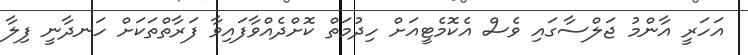
އަހަރީ އާންމު ޖަލްސާގައި ވެސް އެކޮމެޓީއަށް ހިދުމަތް ކޮށްދެއްވާފައިވާ ފަރާތްތަކަށް ހަނދާނީ ފިލާ